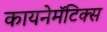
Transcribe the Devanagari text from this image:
कायनेमॅटिक्स